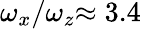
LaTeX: \omega_{x}/\omega_{z}{\approx 3.4}